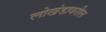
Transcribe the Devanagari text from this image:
लोखंडावरील